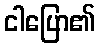
ငါပြော၏